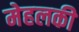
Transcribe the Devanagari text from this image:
मेहलकी